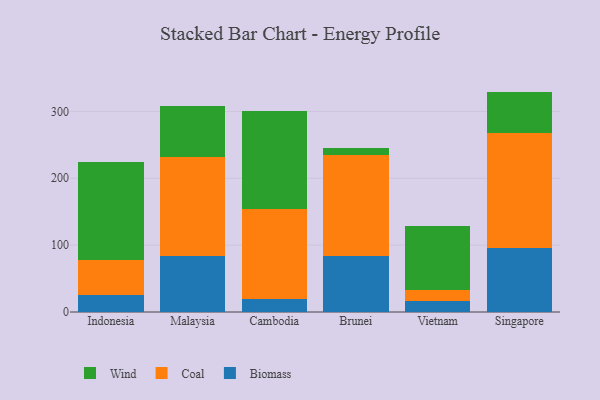
{"axis": {"x": "Country", "y": "Tickets Resolved"}, "legend": ["Biomass", "Coal", "Wind"], "data": [{"x": "Indonesia", "y": 25.0, "type": "Biomass"}, {"x": "Indonesia", "y": 53.1, "type": "Coal"}, {"x": "Indonesia", "y": 146.6, "type": "Wind"}, {"x": "Malaysia", "y": 83.4, "type": "Biomass"}, {"x": "Malaysia", "y": 149.1, "type": "Coal"}, {"x": "Malaysia", "y": 76.3, "type": "Wind"}, {"x": "Cambodia", "y": 19.5, "type": "Biomass"}, {"x": "Cambodia", "y": 135.0, "type": "Coal"}, {"x": "Cambodia", "y": 146.4, "type": "Wind"}, {"x": "Brunei", "y": 84.2, "type": "Biomass"}, {"x": "Brunei", "y": 150.4, "type": "Coal"}, {"x": "Brunei", "y": 11.2, "type": "Wind"}, {"x": "Vietnam", "y": 17.2, "type": "Biomass"}, {"x": "Vietnam", "y": 15.3, "type": "Coal"}, {"x": "Vietnam", "y": 96.7, "type": "Wind"}, {"x": "Singapore", "y": 96.2, "type": "Biomass"}, {"x": "Singapore", "y": 171.5, "type": "Coal"}, {"x": "Singapore", "y": 61.9, "type": "Wind"}]}